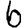
Digit: 6